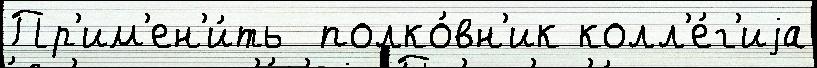
Пр'им'ен'и́ть  полко́вн'ик колл'е́г'иjа